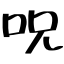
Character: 呪